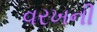
વરખની